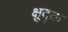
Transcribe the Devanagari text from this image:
क्षुदृक